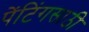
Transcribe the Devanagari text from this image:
पेंटिंगसाठी